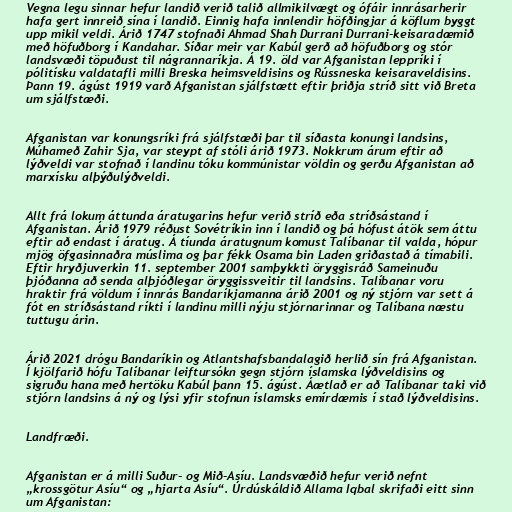
Vegna legu sinnar hefur landið verið talið allmikilvægt og ófáir innrásarherir
hafa gert innreið sína í landið. Einnig hafa innlendir höfðingjar á köflum byggt
upp mikil veldi. Árið 1747 stofnaði Ahmad Shah Durrani Durrani-keisaradæmið
með höfuðborg í Kandahar. Síðar meir var Kabúl gerð að höfuðborg og stór
landsvæði töpuðust til nágrannaríkja. Á 19. öld var Afganistan leppríki í
pólitísku valdatafli milli Breska heimsveldisins og Rússneska keisaraveldisins.
Þann 19. ágúst 1919 varð Afganistan sjálfstætt eftir þriðja stríð sitt við Breta
um sjálfstæði.

Afganistan var konungsríki frá sjálfstæði þar til síðasta konungi landsins,
Múhameð Zahir Sja, var steypt af stóli árið 1973. Nokkrum árum eftir að
lýðveldi var stofnað í landinu tóku kommúnistar völdin og gerðu Afganistan að
marxísku alþýðulýðveldi.

Allt frá lokum áttunda áratugarins hefur verið stríð eða stríðsástand í
Afganistan. Árið 1979 réðust Sovétríkin inn í landið og þá hófust átök sem áttu
eftir að endast í áratug. Á tíunda áratugnum komust Talíbanar til valda, hópur
mjög öfgasinnaðra múslima og þar fékk Osama bin Laden griðastað á tímabili.
Eftir hryðjuverkin 11. september 2001 samþykkti öryggisráð Sameinuðu
þjóðanna að senda alþjóðlegar öryggissveitir til landsins. Talíbanar voru
hraktir frá völdum í innrás Bandaríkjamanna árið 2001 og ný stjórn var sett á
fót en stríðsástand ríkti í landinu milli nýju stjórnarinnar og Talíbana næstu
tuttugu árin.

Árið 2021 drógu Bandaríkin og Atlantshafsbandalagið herlið sín frá Afganistan.
Í kjölfarið hófu Talíbanar leiftursókn gegn stjórn íslamska lýðveldisins og
sigruðu hana með hertöku Kabúl þann 15. ágúst. Áætlað er að Talíbanar taki við
stjórn landsins á ný og lýsi yfir stofnun íslamsks emírdæmis í stað lýðveldisins.

Landfræði.

Afganistan er á milli Suður- og Mið-Asíu. Landsvæðið hefur verið nefnt
„krossgötur Asíu“ og „hjarta Asíu“. Úrdúskáldið Allama Iqbal skrifaði eitt sinn
um Afganistan: